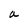
Character: a